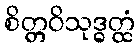
စိတ္တဝိသုဒ္ဓတ္ထံ